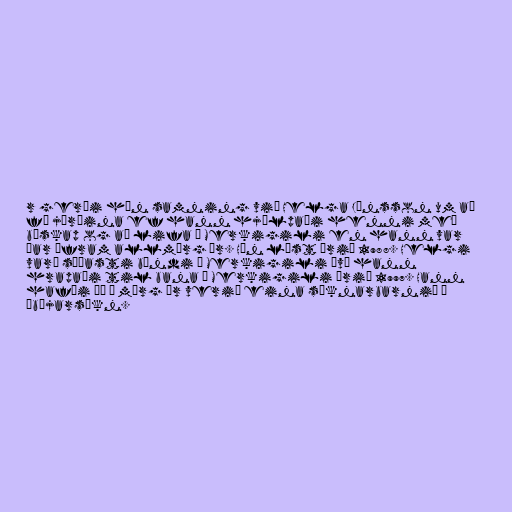
r gerði hún samning við Helga Jónsson um að
fá jörðina ef hann hjálpaði henni með
búskap og að lifa á Merkigili en hann var
þar áfram allmörg ár. Hún lést árið 1988. Helgi
varð síðasti bóndi á Merkigili því hann
hrapaði til bana í Merkigili árið 1997. Hann
hafði þá í mörg ár verið eina sóknarbarnið í
Ábæjarsókn.